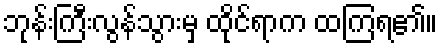
ဘုန်းကြီးလွန်သွားမှ ထိုင်ရာက ထကြရ၏။